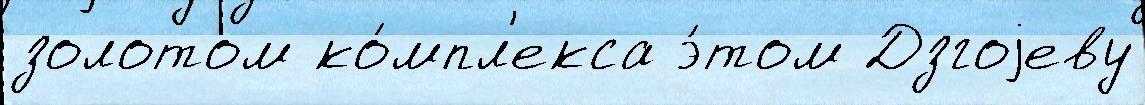
золотом ко́мпл'екса э́том Дзгоjеву